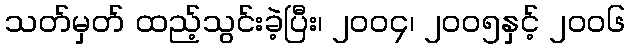
သတ်မှတ် ထည့်သွင်းခဲ့ပြီး၊ ၂၀၀၄၊ ၂၀၀၅နှင့် ၂၀၀၆